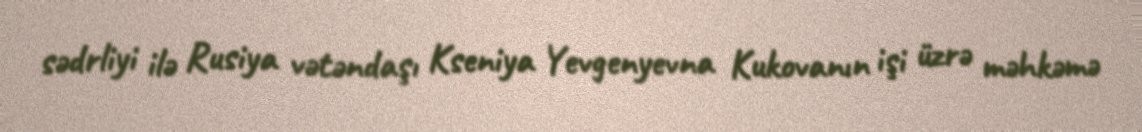
sədrliyi ilə Rusiya vətəndaşı Kseniya Yevgenyevna Kukovanın işi üzrə məhkəmə